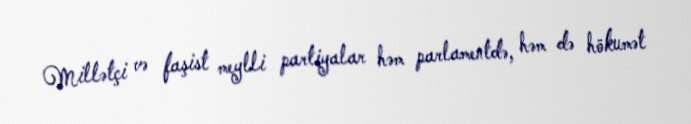
Millətçi və faşist meylli partiyalar həm parlamentdə, həm də hökumət